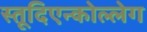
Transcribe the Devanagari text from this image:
स्तूदिएन्कोल्लेग